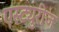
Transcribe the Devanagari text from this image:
एस्ट्युरीज